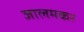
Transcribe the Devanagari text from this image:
जालमकर